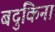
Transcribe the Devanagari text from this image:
बदुकिना